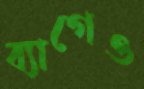
ব্যাগেও